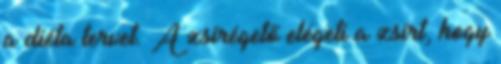
a diéta tervet. A zsírégető elégeti a zsírt, hogy